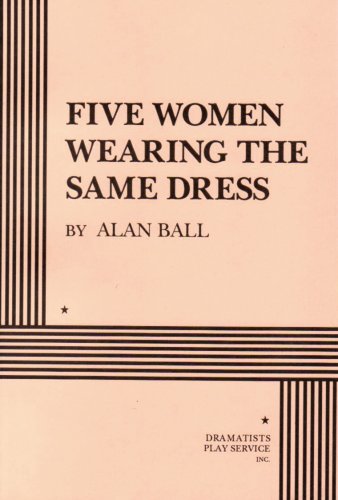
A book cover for Five Women Wearing the Same Dress; Alan Ball; Literature & Fiction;